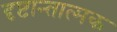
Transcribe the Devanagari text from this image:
दृष्टान्तात्मक